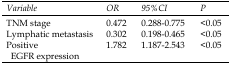
| Variable | OR | 95%CI | P |
 | --- | --- | --- | --- |
 | TNM stage | 0.472 | 0.288-0.775 | <0.05 |
 | Lymphatic metastasis | 0.302 | 0.198-0.465 | <0.05 |
 | Positive EGFR expression | 1.782 | 1.187-2.543 | <0.05 |